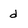
Character: d